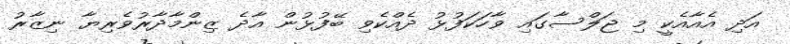
އަދި އެއާއެކީ މި ޖަލްސާގައި ވާހަކަފުޅު ދެއްކެވި ބޭފުޅުން އާދެ ޒިންމާދާރުވެރިޔާ ނިޒާރު